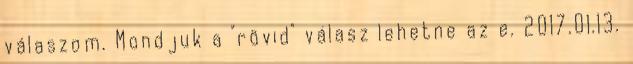
válaszom. Mondjuk a "rövid" válasz lehetne az e. 2017.01.13.